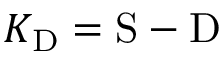
K _ { \mathrm { D } } = \mathrm { S } - \mathrm { D }